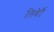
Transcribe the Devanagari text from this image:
लिबेर्टॅ